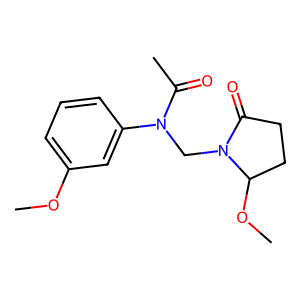
SMILES: COc1cccc(N(CN2C(=O)CCC2OC)C(C)=O)c1
Inhibits HIV replication: No